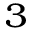
^ 3